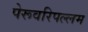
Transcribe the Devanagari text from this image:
पेरूवरिपल्लम